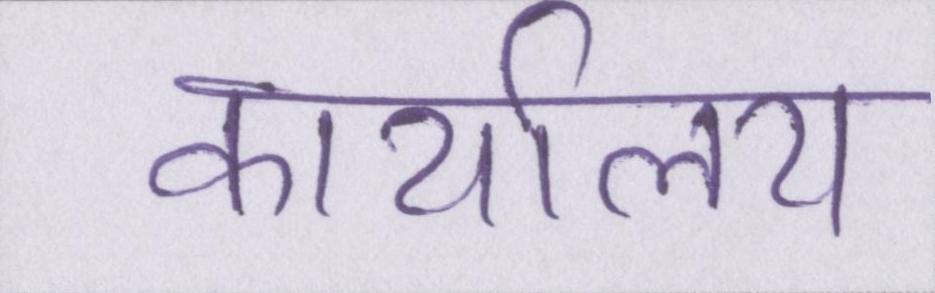
कार्यालय